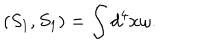
LaTeX: \left( S _ { 1 } , S _ { 1 } \right) = \int d ^ { 4 } x \omega .